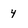
Character: 4